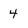
Character: 4